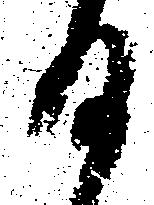
日